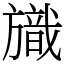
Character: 旘